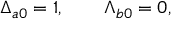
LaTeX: \Delta _ { a 0 } = 1 , \qquad \Lambda _ { b 0 } = 0 ,